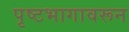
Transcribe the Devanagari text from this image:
पृष्टभागावरून